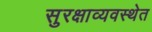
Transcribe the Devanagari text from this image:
सुरक्षाव्यवस्थेत